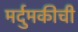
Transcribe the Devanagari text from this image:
मर्दुमकीची